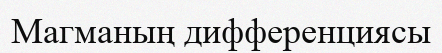
Магманың дифференциясы